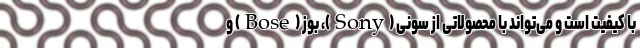
با کیفیت است و می‌تواند با محصولاتی از سونی (Sony)، بوز (Bose) و